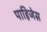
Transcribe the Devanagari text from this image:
पाहिजेस